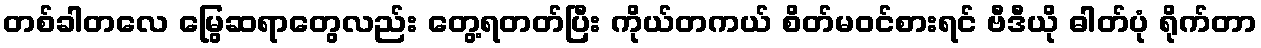
တစ်ခါတလေ မြွေဆရာတွေလည်း တွေ့ရတတ်ပြီး ကိုယ်တကယ် စိတ်မဝင်စားရင် ဗီဒီယို ဓါတ်ပုံ ရိုက်တာ